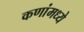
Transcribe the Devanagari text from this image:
कणांमध्ये